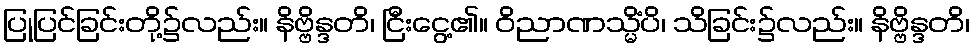
ပြုပြင်ခြင်းတို့၌လည်း။ နိဗ္ဗိန္ဒတိ၊ ငြီးငွေ့၏။ ဝိညာဏသ္မိံပိ၊ သိခြင်း၌လည်း။ နိဗ္ဗိန္ဒတိ၊